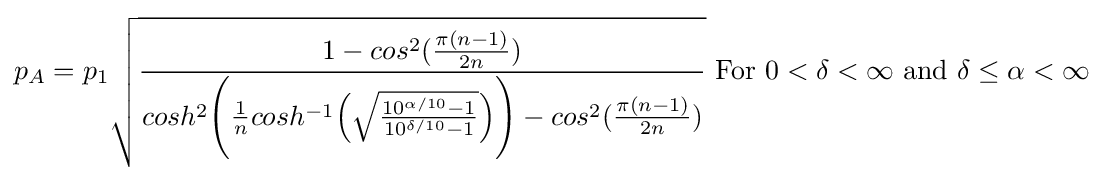
{\begin{aligned}p_{A}=p_{1}{\sqrt {\frac {1-{cos^{2}({\frac {\pi (n-1)}{2n}})}}{cosh^{2}{\Biggr (}{\frac {1}{n}}cosh^{-1}{\Bigr (}{\sqrt {\frac {10^{\alpha /10}-1}{10^{\delta /10}-1}}}{\Bigr )}{\Biggr )}-cos^{2}({\frac {\pi (n-1)}{2n}})}}}{\text{  For }}0<\delta <\infty {\text{   and   }}\delta \leq \alpha <\infty \\\end{aligned}}